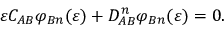
\varepsilon C _ { A B } \varphi _ { B n } ( \varepsilon ) + D _ { A B } ^ { n } \varphi _ { B n } ( \varepsilon ) = 0 .